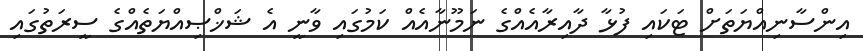
އިންސާނިއްޔަތަށް ޓަކައި ފުޅާ ދާއިރާއެއްގެ ނަމޫނާއެއް ކަމުގައި ވާނީ އެ ޝަޚްޞިއްޔަތެއްގެ ސީރަތުގައި